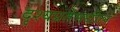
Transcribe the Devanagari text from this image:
दृश्यप्रतेमधील